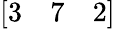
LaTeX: \left[\begin{array}{lll}{3}&{7}&{2}\end{array}\right]